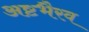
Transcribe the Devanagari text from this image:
अष्टभैरव